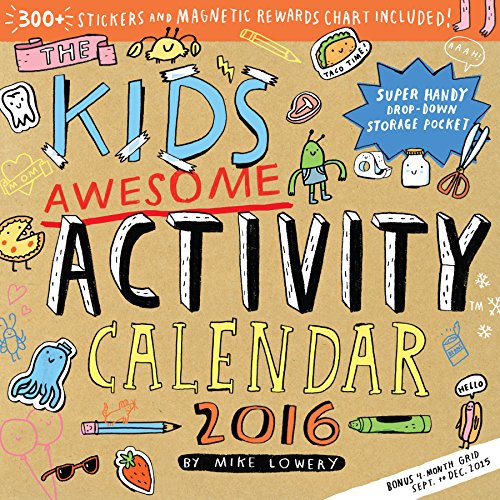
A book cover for The Kid's Awesome Activity Wall Calendar 2016; Mike Lowery; Calendars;